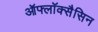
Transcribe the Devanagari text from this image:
ऑफ्लॉक्सैसिन